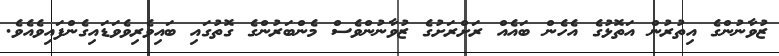
ޒުވާނުންގެ އިތުރުން އަތޮޅުގެ އެހެން ބައެއް ރަށްރަށުގެ ޒުވާނުންވެސް މެންބަރުންގެ ގޮތުގައި ބައިވެރިވެވަޑައިގެންފައިވެއެވެ.